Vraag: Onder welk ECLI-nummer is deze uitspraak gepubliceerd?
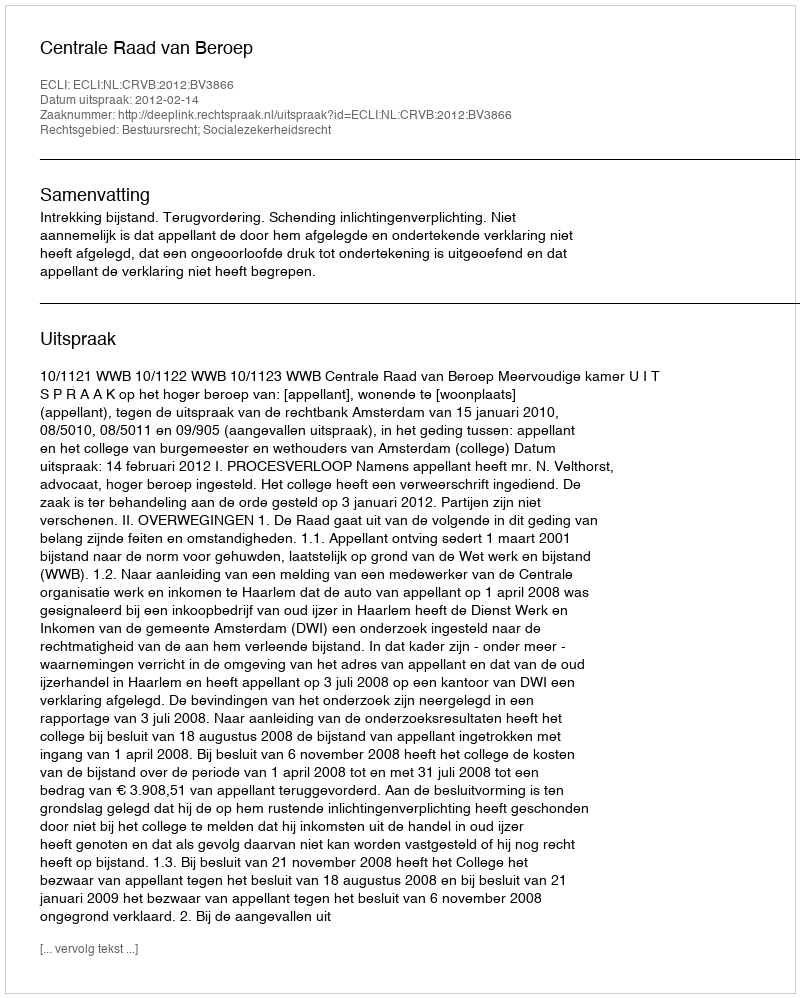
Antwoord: ECLI:NL:CRVB:2012:BV3866